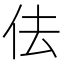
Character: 佉